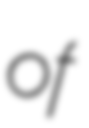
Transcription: of